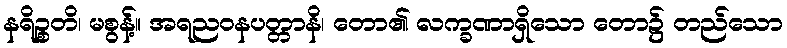
နရိဉ္စတိ၊ မစွန့်။ အရညဝနပတ္တာနိ၊ တော၏ လက္ခဏာရှိသော တော၌ တည်သော